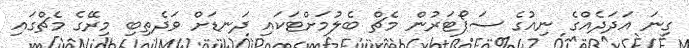
ގިނަ އަދަދެއްގެ ނިއުގެ ސަޕޯޓަރުން މެޗް ބެލުމަށްޓަކައި ދަނޑަށް ވަދެތިބި މިރޭގެ މެޗްގައި